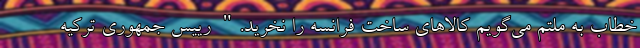
خطاب به ملتم می‌گویم کالاهای ساخت فرانسه را نخرید." رییس جمهوری ترکیه